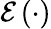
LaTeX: \mathcal{E}\left(\cdot\right)